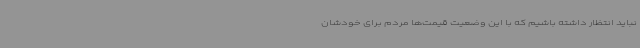
نباید انتظار داشته باشیم که با این وضعیت قیمت‌ها مردم برای خودشان